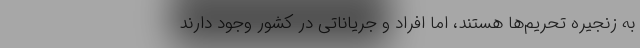
به زنجیره تحریم‌ها هستند، اما افراد و جریاناتی در کشور وجود دارند